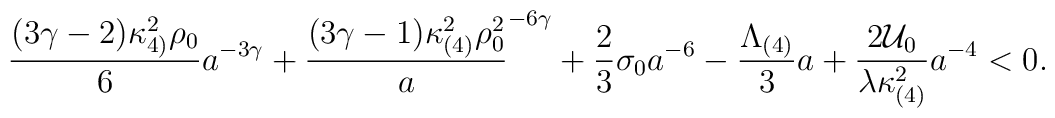
\frac{(3\gamma -2)\kappa_{4)}^{2} \rho_{0}}{6} a^{-3\gamma} +\frac{(3\gamma -1)\kappa_{(4)}^{2}\rho_{0}^{2}} a^{-6\gamma} +\frac{2}{3} \sigma_{0} a^{-6} -\frac{\Lambda_{(4)}}{3}a +\frac{2{\cal U}_{0}}{\lambda \kappa_{(4)}^{2}} a^{-4} < 0.